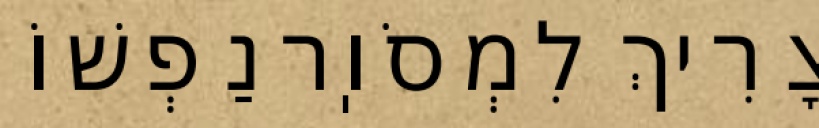
צָרִיךְ לִמְסֹוֽר נַפְשׁוֹ